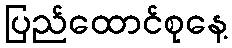
ပြည်ထောင်စုနေ့